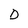
Character: D